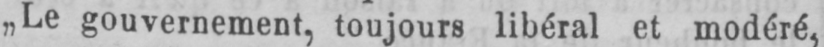
„Le gouvernement, toujours libéral et modéré,